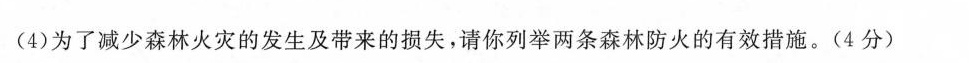
(4)为了减少森林火灾的发生及带来的损失，请你列举两条森林防火的有效措施。(4分)